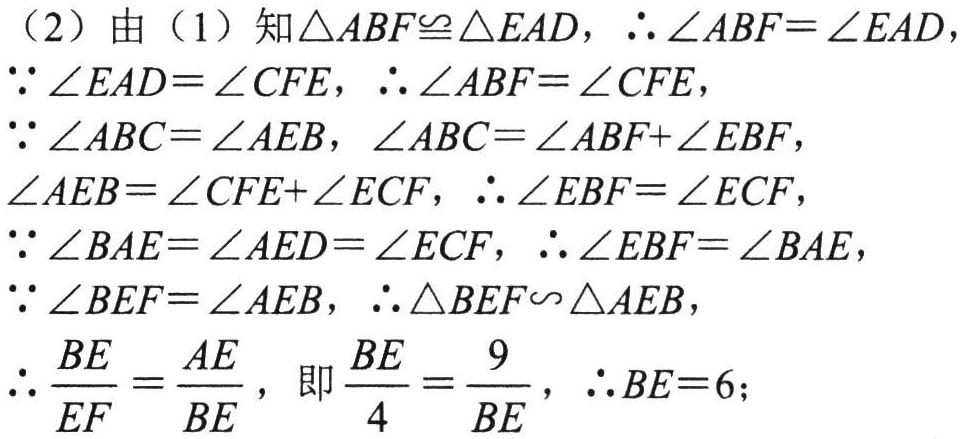
（2）由（1）知\(\triangle ABF\cong\triangle EAD\)，\(\therefore\angle ABF = \angle EAD\)，

\(\because\angle EAD=\angle CFE\)，\(\therefore\angle ABF=\angle CFE\)，

\(\because\angle ABC = \angle AEB\)，\(\angle ABC=\angle ABF + \angle EBF\)，

\(\angle AEB=\angle CFE+\angle ECF\)，\(\therefore\angle EBF=\angle ECF\)，

\(\because\angle BAE=\angle AED=\angle ECF\)，\(\therefore\angle EBF=\angle BAE\)，

\(\because\angle BEF=\angle AEB\)，\(\therefore\triangle BEF\sim\triangle AEB\)，

\(\therefore\frac{BE}{EF}=\frac{AE}{BE}\)，即\(\frac{BE}{4}=\frac{9}{BE}\)，\(\therefore BE = 6\)；